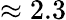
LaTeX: \approx 2.3